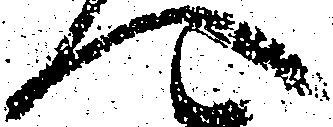
へ